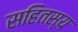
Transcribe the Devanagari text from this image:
सहितस्य